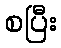
စပြီး